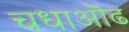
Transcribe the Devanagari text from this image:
चधाऒढ